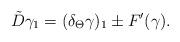
LaTeX: \begin{align*} \tilde D \gamma_1 = (\delta_\Theta \gamma)_1 \pm F'(\gamma).\end{align*}